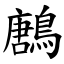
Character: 鶶